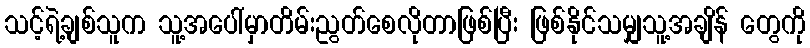
သင့်ရဲ့ချစ်သူက သူ့အပေါ်မှာတိမ်းညွတ်စေလိုတာဖြစ်ပြီး ဖြစ်နိုင်သမျှသူ့အချိန် တွေကို